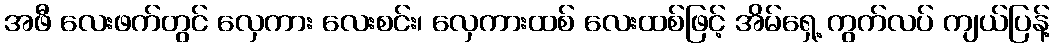
အဖီ လေးဖက်တွင် လှေကား လေးစင်း၊ လှေကားထစ် လေးထစ်ဖြင့် အိမ်ရှေ့ ကွက်လပ် ကျယ်ပြန့်